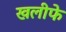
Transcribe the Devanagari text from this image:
खलीफे